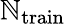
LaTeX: \mathbb{N}_{\textrm{{train}}}